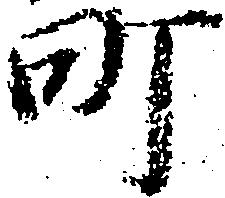
町